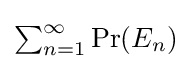
{\textstyle \sum _{n=1}^{\infty }\Pr(E_{n})}